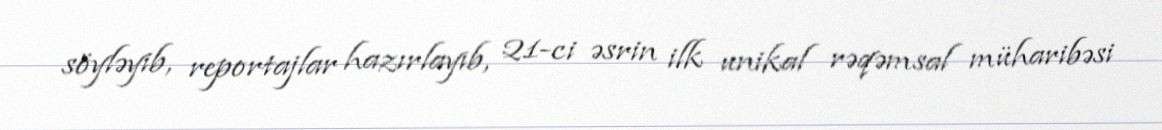
söyləyib, reportajlar hazırlayıb, 21-ci əsrin ilk unikal rəqəmsal müharibəsi